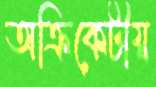
অক্রিকেটীয়